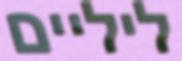
ליליים